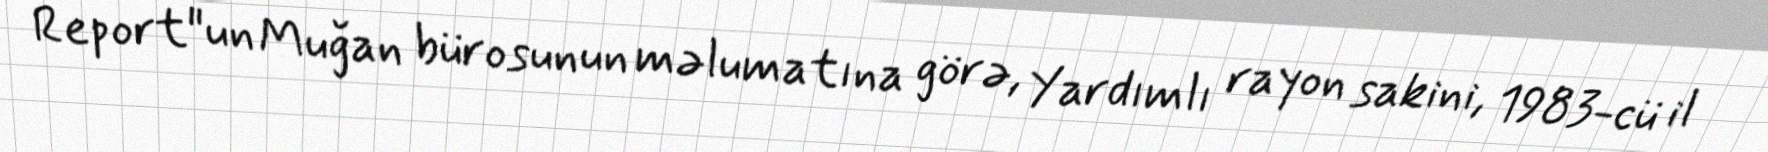
Report"un Muğan bürosunun məlumatına görə, Yardımlı rayon sakini, 1983-cü il